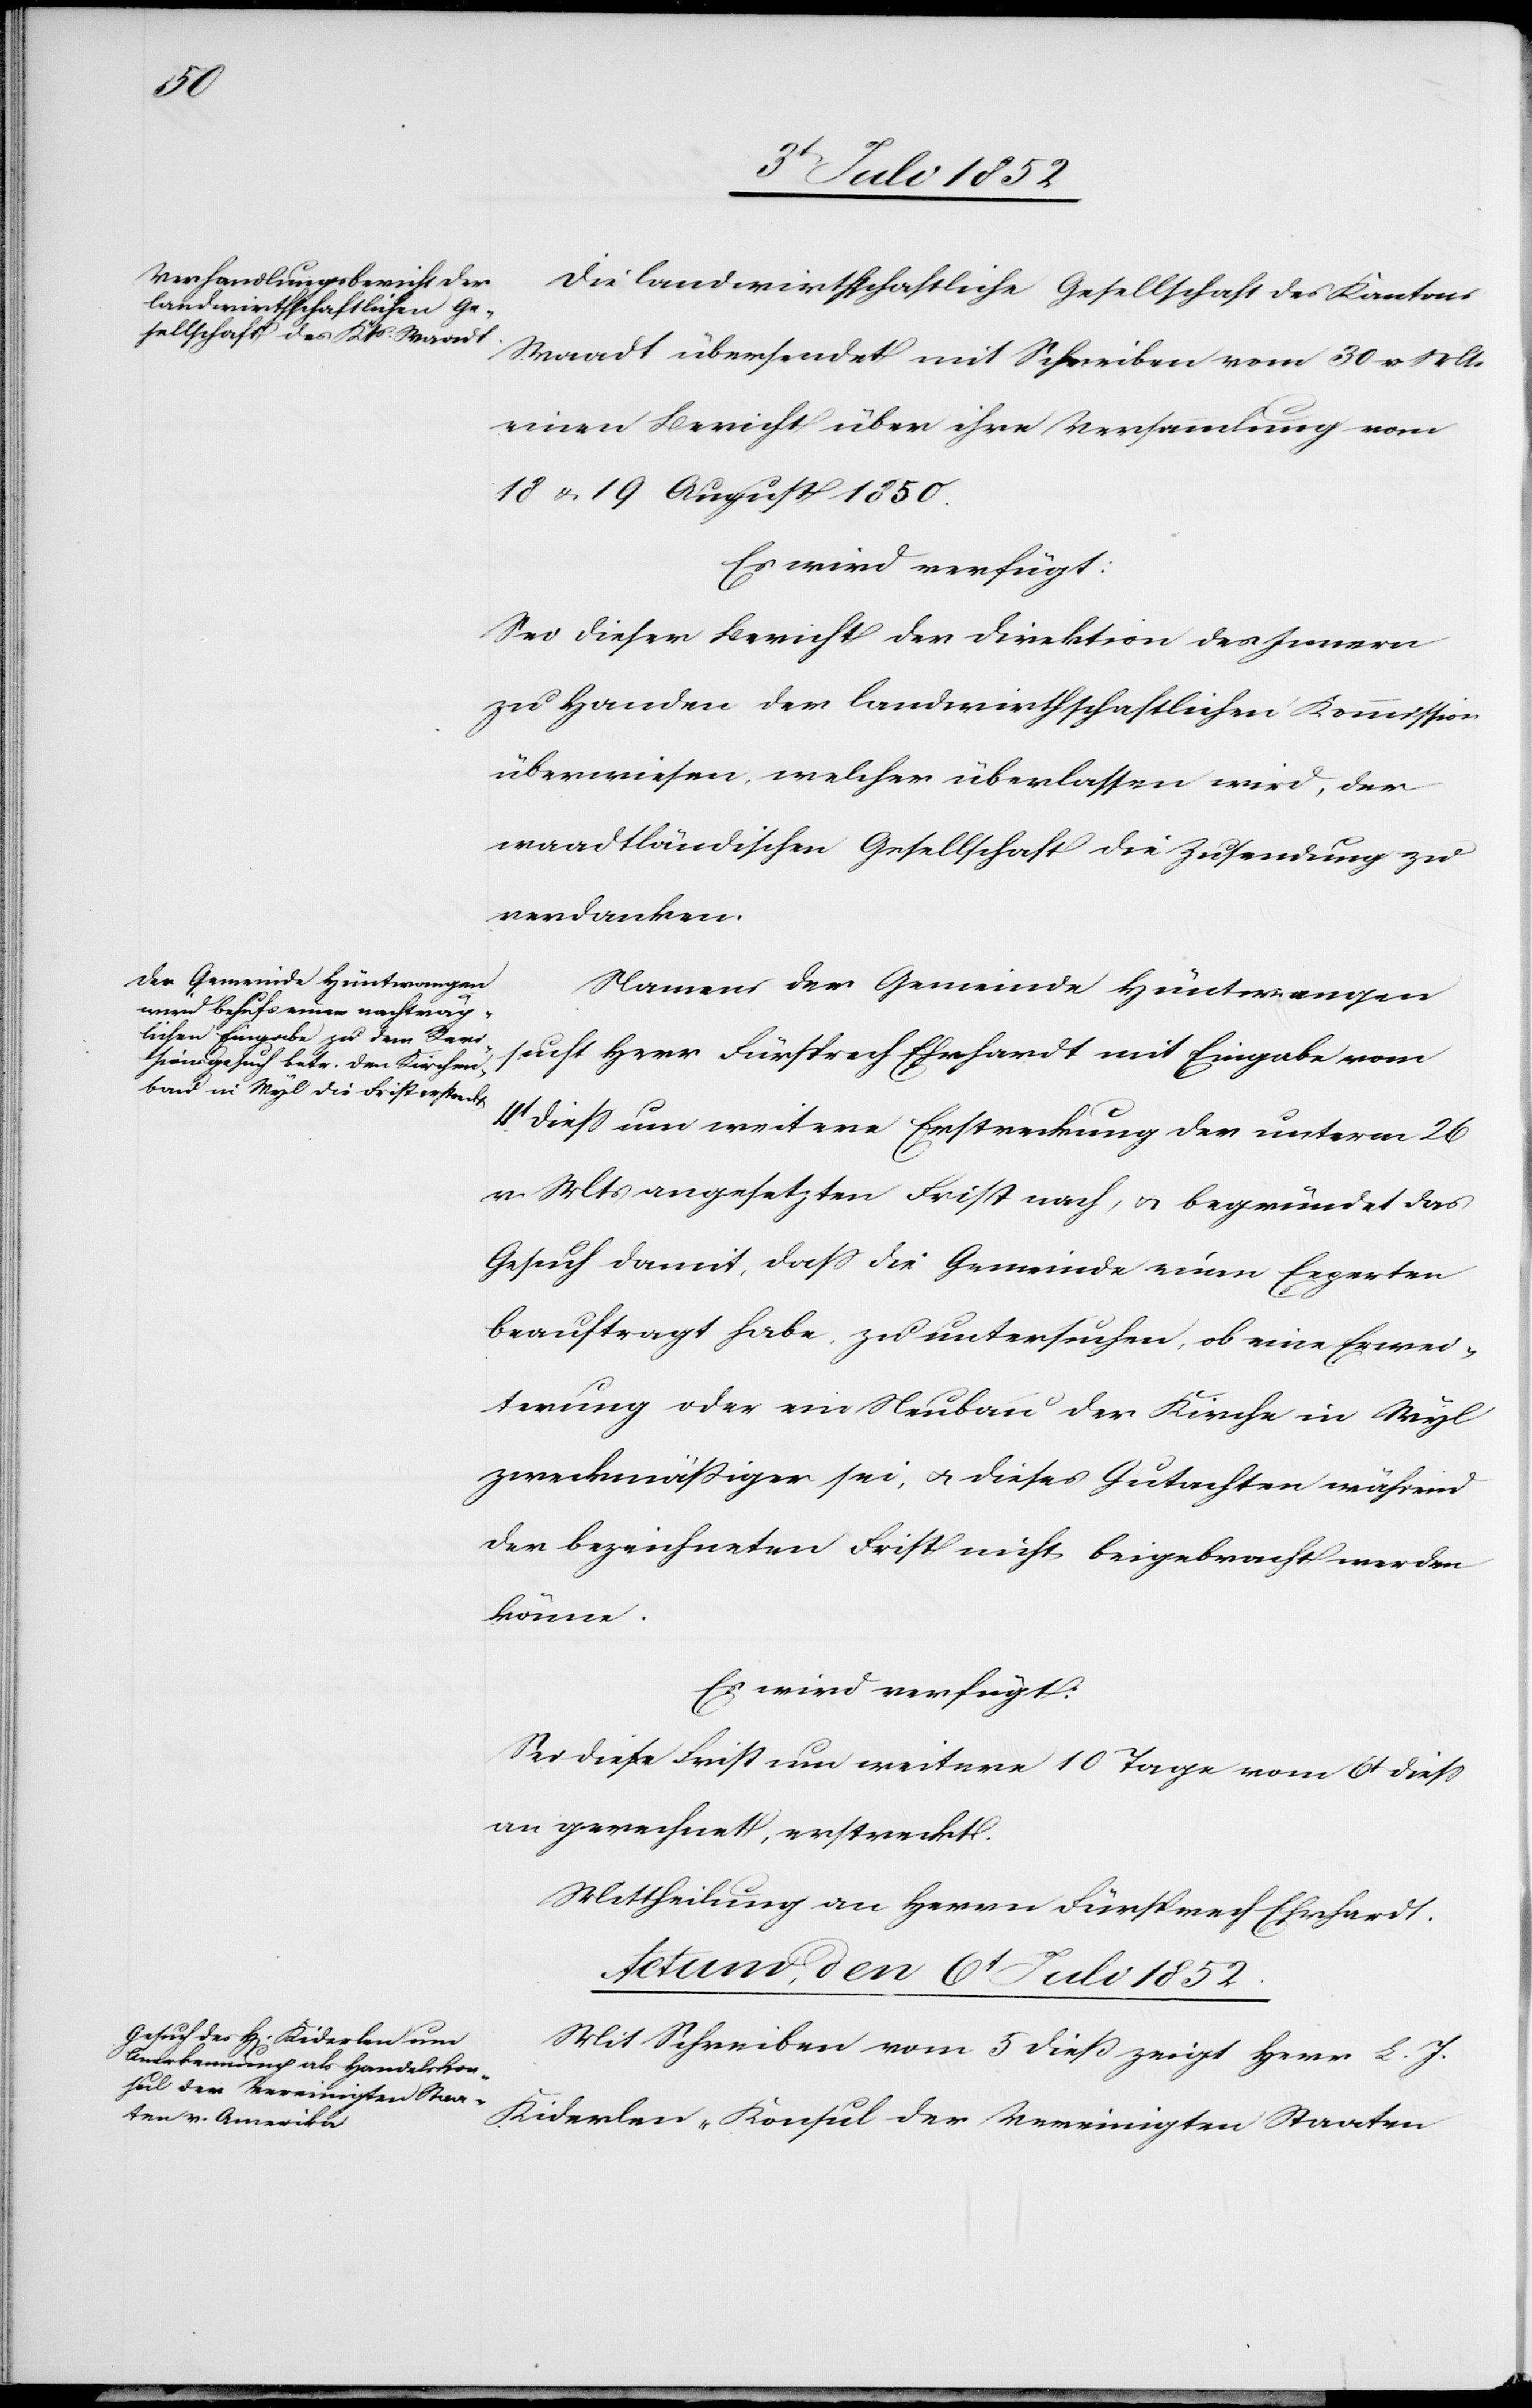
den

5t. Juli 1852.]
Die landwirthschaftliche Gesellschaft des Kantons
Waadt übersendet mit Schreiben vom 30 v. Mts
einen Bericht über ihre Versammlung vom
18 & 19 August 1850.
Es wird verfügt:
Sei dieser Bericht der Direktion des Innern
zu Handen der landwirthschaftlichen Kommission
überwiesen, welcher überlassen wird, der
waadtländischen Gesellschaft die Zusendung zu
verdanken.
Namens der Gemeinde Hüntwangen
sucht Herr Fürsprech Ehrhardt mit Eingabe vom
4t. diess um weitere Erstreckung der unterm 26
v. Mts angesetzten Frist nach, & begründet das
Gesuch damit, dass die Gemeinde einen Experten
beauftragt habe, zu untersuchen, ob eine Erwei¬
terung oder ein Neubau der Kirche in Wyl
zweckmäßiger sei, & dieses Gutachten während
der bezeichneten Frist nicht beigebracht werden
könne.
Es wird verfügt:
Sei diese Frist um weitere 10 Tage vom 6t diess
an gerechnet, erstreckt.
Mittheilung an Herrn Fürsprech Ehrhardt.
Actum, den 6t Juli 1852.
Mit Schreiben vom 5 dieß zeigt Herr L. J.
Kiderlen „Konsul der Vereinigten Staaten